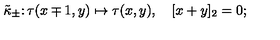
\tilde { \kappa } _ { \pm } \colon \tau ( x \mp 1 , y ) \mapsto \tau ( x , y ) , \quad [ x + y ] _ { 2 } = 0 ;